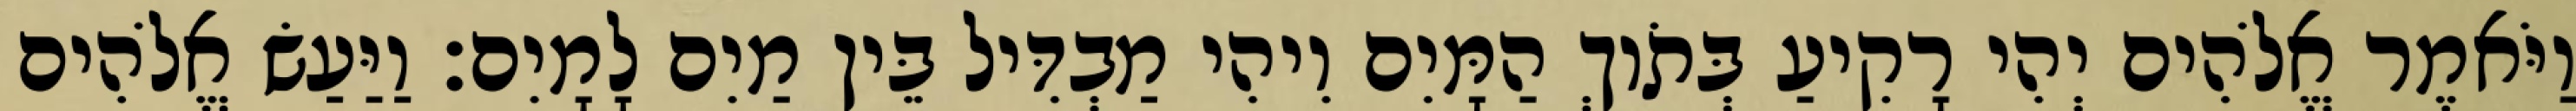
וַיֹּאמֶר אֱלֹהִים יְהִי רָקִיעַ בְּתֹוךְ הַמָּיִם וִיהִי מַבְדִּיל בֵּין מַיִם לָמָיִם׃ וַיַּעַשׂ אֱלֹהִים